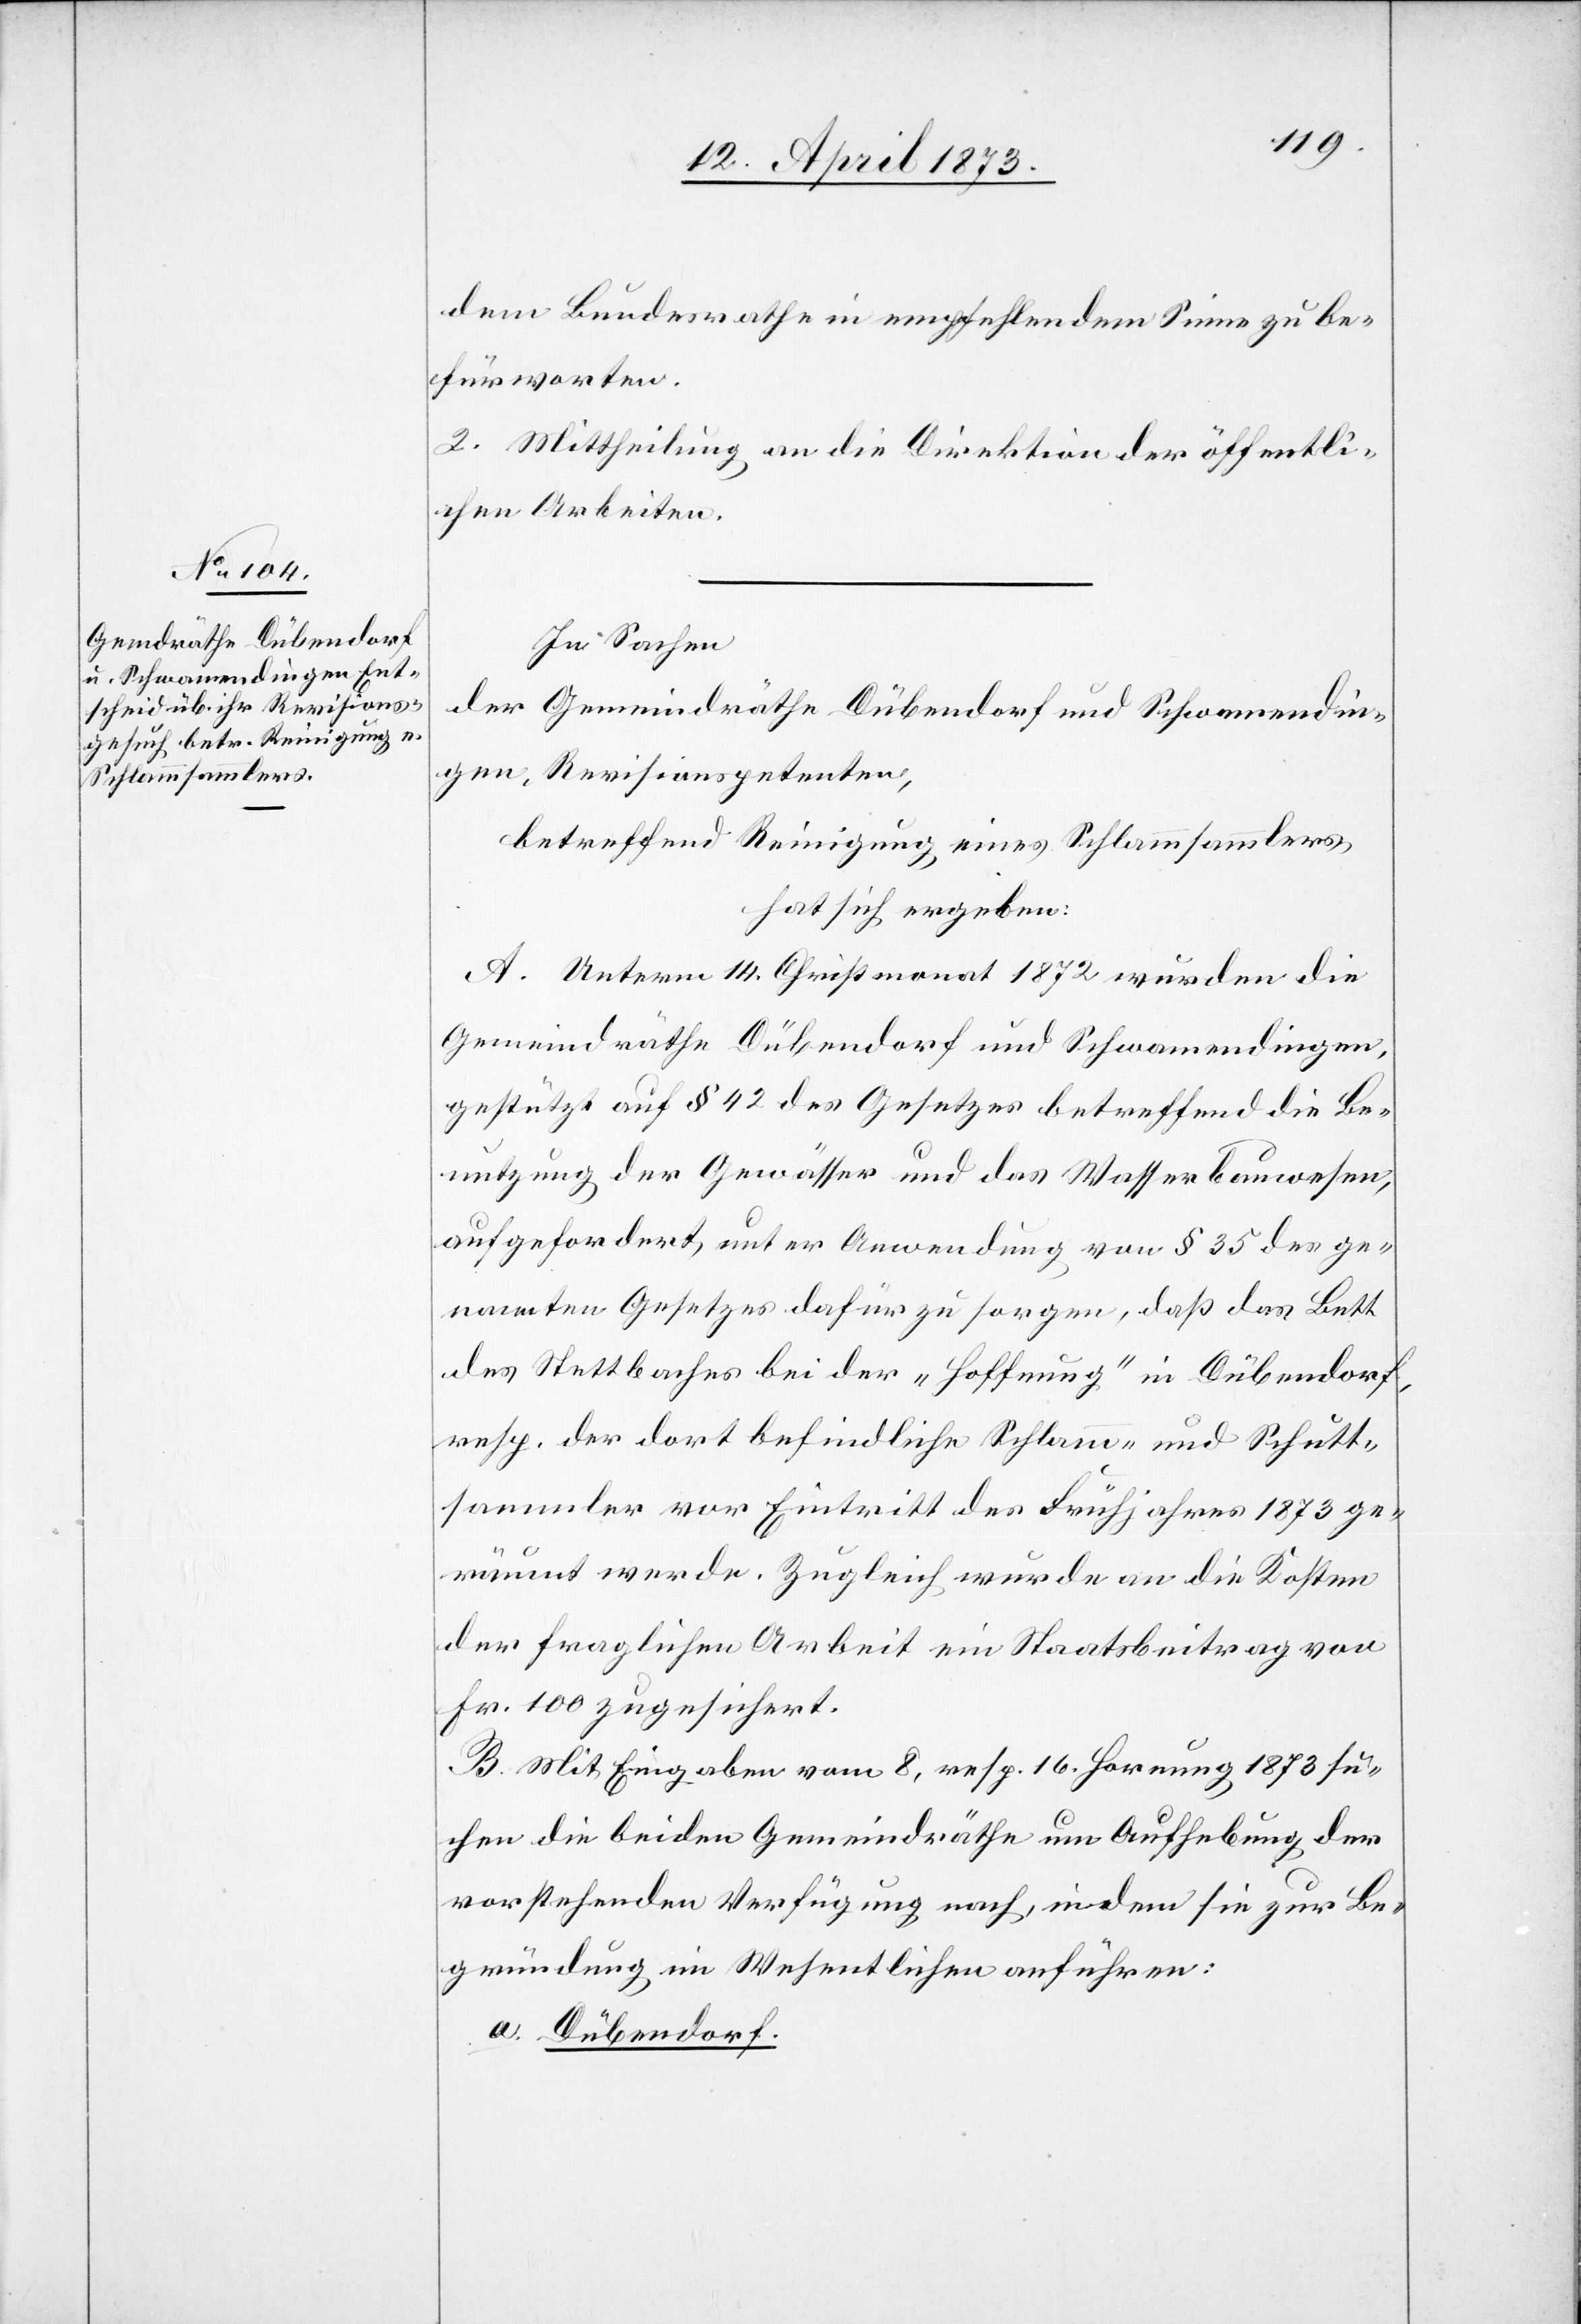
dem Bundesrathe in empfehlendem Sinne zu be¬
fürworten.
2. Mittheilung an die Direktion der öffentli¬
chen Arbeiten.
In Sachen
der Gemeindräthe Dübendorf und Schwamendin¬
gen, Revisionspetenten,
betreffend Reinigung eines Schlammsammlers
hat sich ergeben:
A. Unterm 14. Christmonat 1872 wurden die
Gemeindräthe Dübendorf und Schwamendingen,
gestützt auf § 42 des Gesetzes betreffend die Be¬
nutzung der Gewässer und das Wasserbauwesen,
aufgefordert, unter Anwendung von § 35 des ge¬
nannten Gesetzes dafür zu sorgen, daß das Bett
des Stettbaches bei der „Hoffnung“ in Dübendorf
resp. der dort befindliche Schlamm- und Schutt¬
sammler vor Eintritt des Frühjahres 1873 ge¬
räumt werde. Zugleich würde an die Kosten
der fraglichen Arbeit ein Staatsbeitrag von
Fr. 100 zugesichert.
B. Mit Eingaben vom 8. resp. 16. Hornung 1873 su¬
chen die beiden Gemeindräthe um Aufhebung der
vorstehenden Verfügung nach, indem sie zur Be¬
gründung im Wesentlichen anführen:
a. Dübendorf.